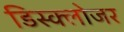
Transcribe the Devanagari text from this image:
डिस्क्लोजर